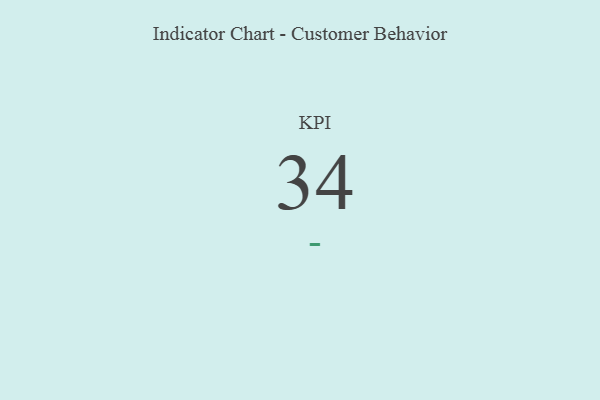
{"axis": {"x": "KPI", "y": "Value"}, "legend": [""], "data": [{"x": "KPI", "y": 34, "type": ""}]}